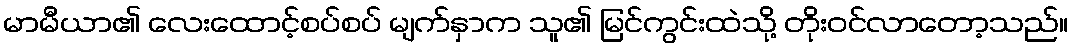
မာမီယာ၏ လေးထောင့်စပ်စပ် မျက်နှာက သူ၏ မြင်ကွင်းထဲသို့ တိုးဝင်လာတော့သည်။